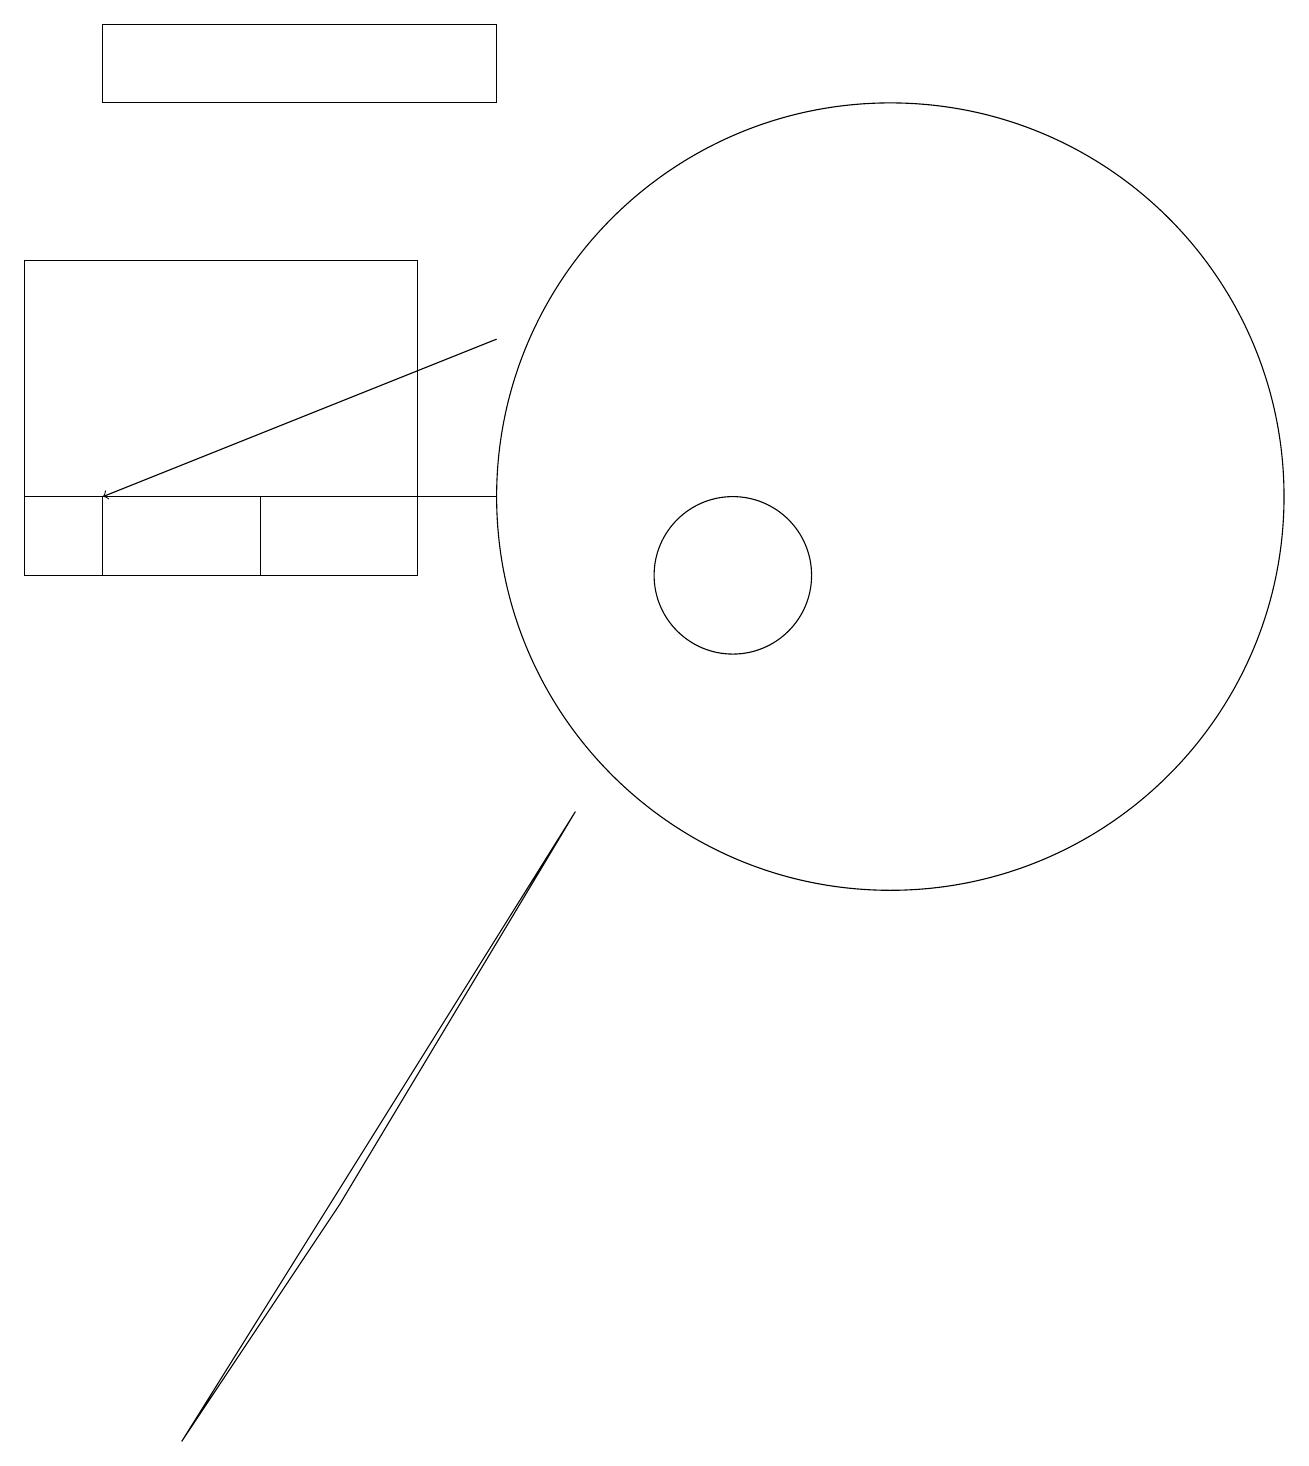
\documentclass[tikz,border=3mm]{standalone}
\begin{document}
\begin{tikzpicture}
\draw[->] (7,14) -- (2,12);
\draw (12,12) circle (5);
\draw (2,17) rectangle (7,18);
\draw (1,15) rectangle (6,11);
\draw (5,3) -- (8,8) -- (3,0) -- cycle;
\draw (2,12) rectangle (4,11);
\draw (10,11) circle (1);
\draw (7,12) rectangle (1,12);
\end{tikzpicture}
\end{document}